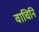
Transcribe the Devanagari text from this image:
वाचिनि